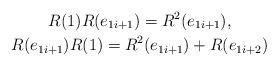
LaTeX: \begin{gather*}R(1)R(e_{1i+1}) = R^2(e_{1i+1}), \\R(e_{1i+1})R(1) = R^2(e_{1i+1}) + R(e_{1i+2})\end{gather*}